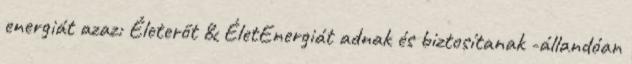
energiát azaz: Életerőt & ÉletEnergiát adnak és biztosítanak -állandóan